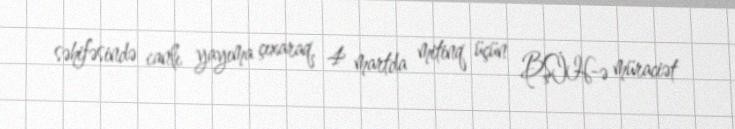
səhifəsində canlı yayıma çıxaraq, 4 martda mitinq üçün BŞİH-ə müraciət